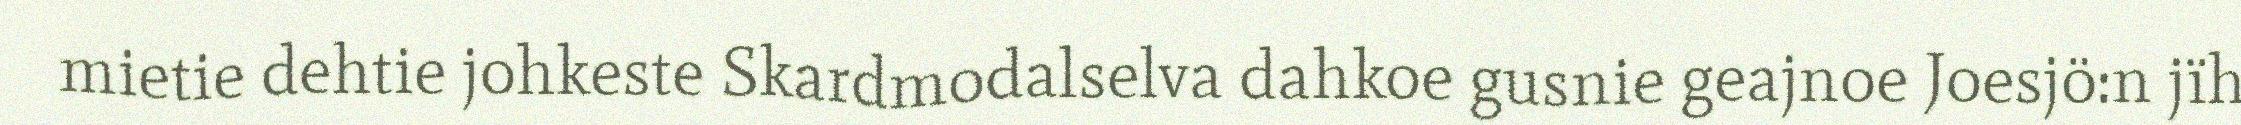
mietie dehtie johkeste Skardmodalselva dahkoe gusnie geajnoe Joesjö:n jïh